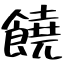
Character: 饒